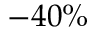
- 4 0 \%